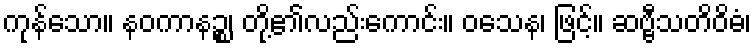
ကုန်သော။ နဝကာနဉ္စ၊ တို့၏လည်းကောင်း။ ဝသေန၊ ဖြင့်။ ဆဗ္ဗီသတိဝိဓံ၊